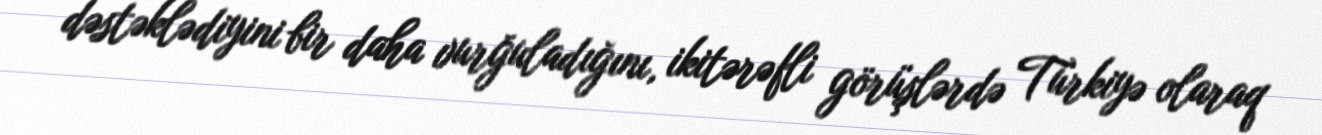
dəstəklədiyini bir daha vurğuladığını, ikitərəfli görüşlərdə Türkiyə olaraq